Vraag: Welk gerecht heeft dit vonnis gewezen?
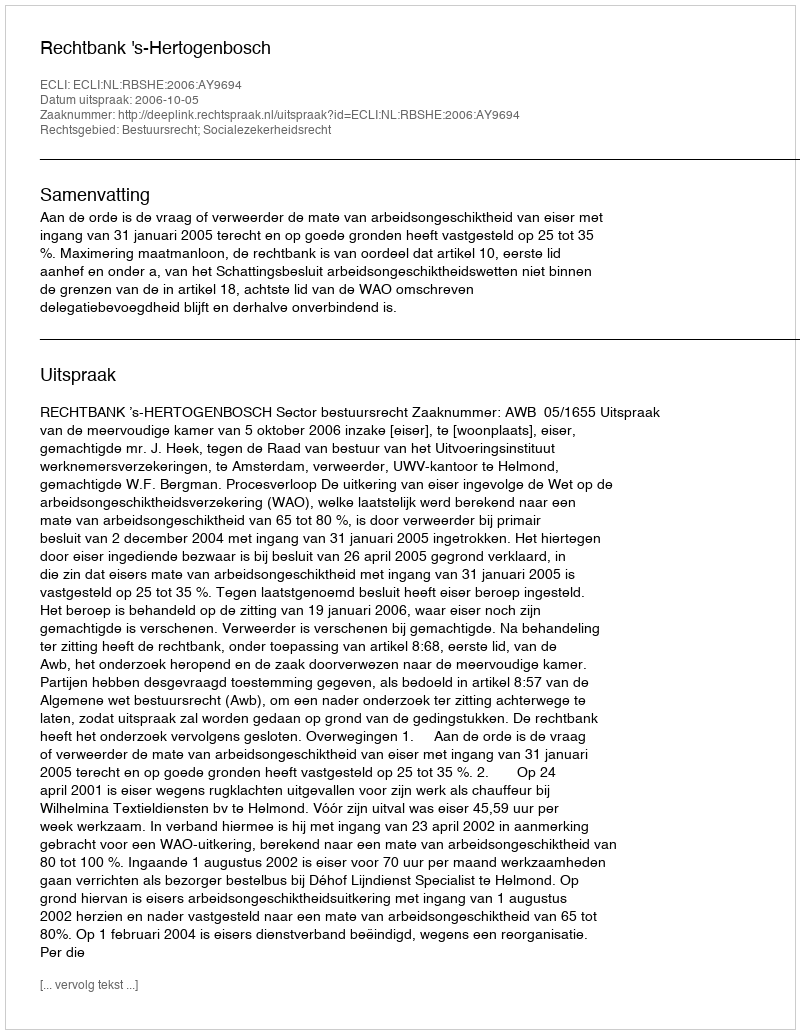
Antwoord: Rechtbank 's-Hertogenbosch